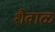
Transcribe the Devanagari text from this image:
शैवाळ